65_HS1-834228961_62-HQ-83894_Section_5
Agency: FBI
Page 141
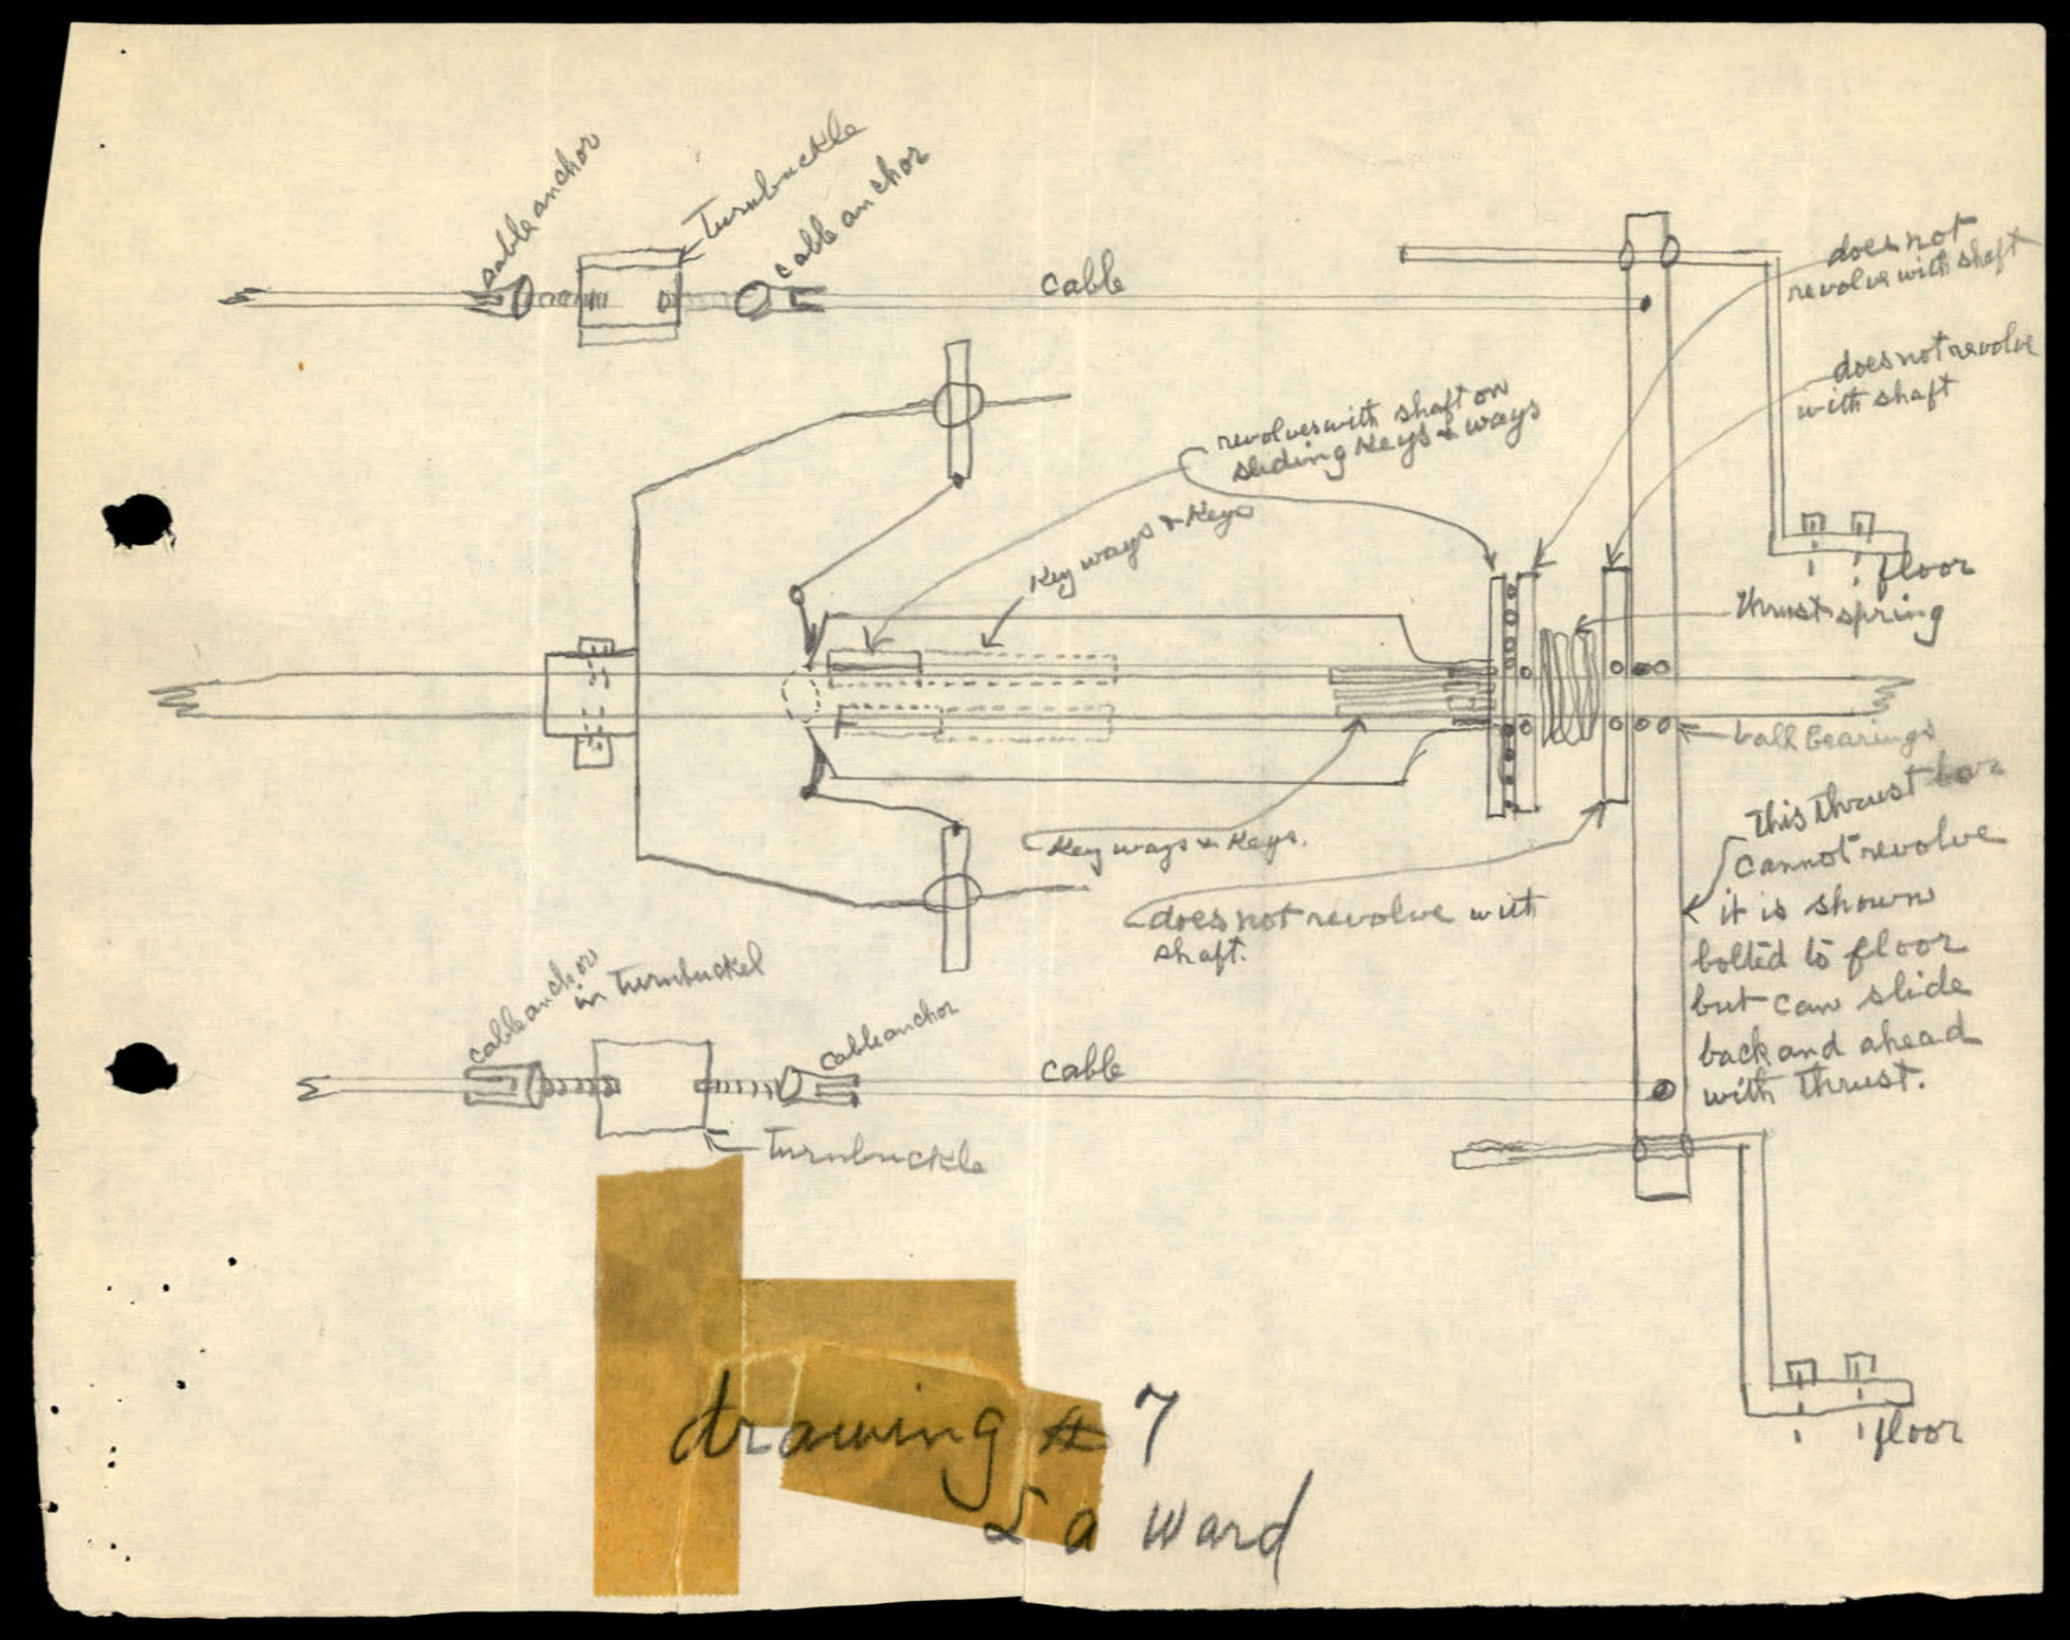